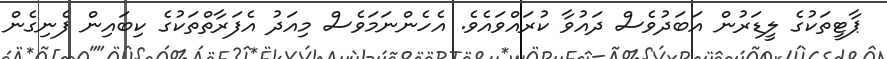
ޕާޓީތަކުގެ ލީޑަރުން އަބަދުވެސް ދައުވާ ކުރައްވައެވެ. އެހެންނަމަވެސް މިއަދު އެފަރާތްތަކުގެ ކިބައިން ފެނިގެން